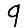
Digit: 9